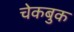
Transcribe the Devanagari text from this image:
चेकबुक